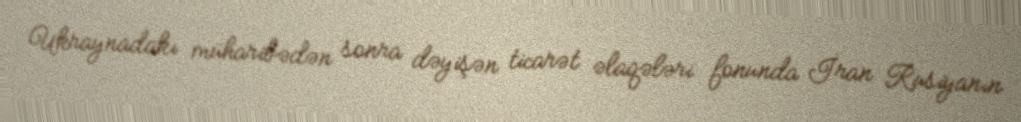
Ukraynadakı müharibədən sonra dəyişən ticarət əlaqələri fonunda İran Rusiyanın